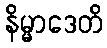
နိမ္မာဒေတိ